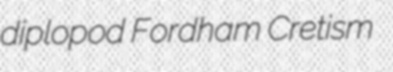
diplopod Fordham Cretism